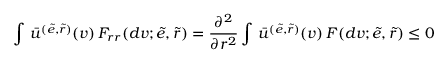
\int \, \bar { u } ^ { ( \tilde { e } , \tilde { r } ) } ( v ) \, F _ { r r } ( d v ; \tilde { e } , \tilde { r } ) = \frac { \partial ^ { 2 } } { \partial r ^ { 2 } } \int \, \bar { u } ^ { ( \tilde { e } , \tilde { r } ) } ( v ) \, F ( d v ; \tilde { e } , \tilde { r } ) \leq 0